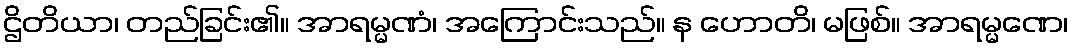
ဌိတိယာ၊ တည်ခြင်း၏။ အာရမ္မဏံ၊ အကြောင်းသည်။ န ဟောတိ၊ မဖြစ်။ အာရမ္မဏေ၊